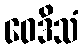
ဝေဒိသံ